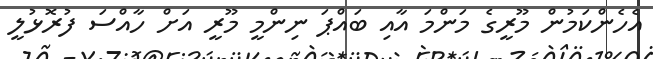
އެހެންކަމުން މޫރީގެ މަންމަ އާއި ބައްޕަ ނިންމީ މޫރީ އަށް ހާއްސަ ފުރޮޅުލީ